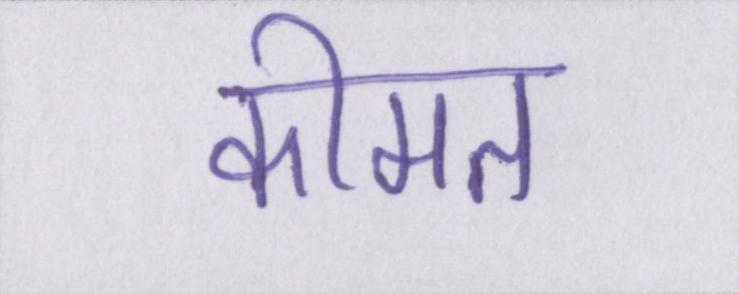
कीमत